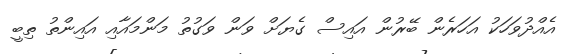
އެއްދުވަހަކު އަހަރެން ބޭރުން އައިސް ގެޔަށް ވަން ވަގުތު މަންމައާއި އައިންތު ތިބީ